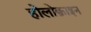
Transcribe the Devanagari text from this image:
होलोक्राइन